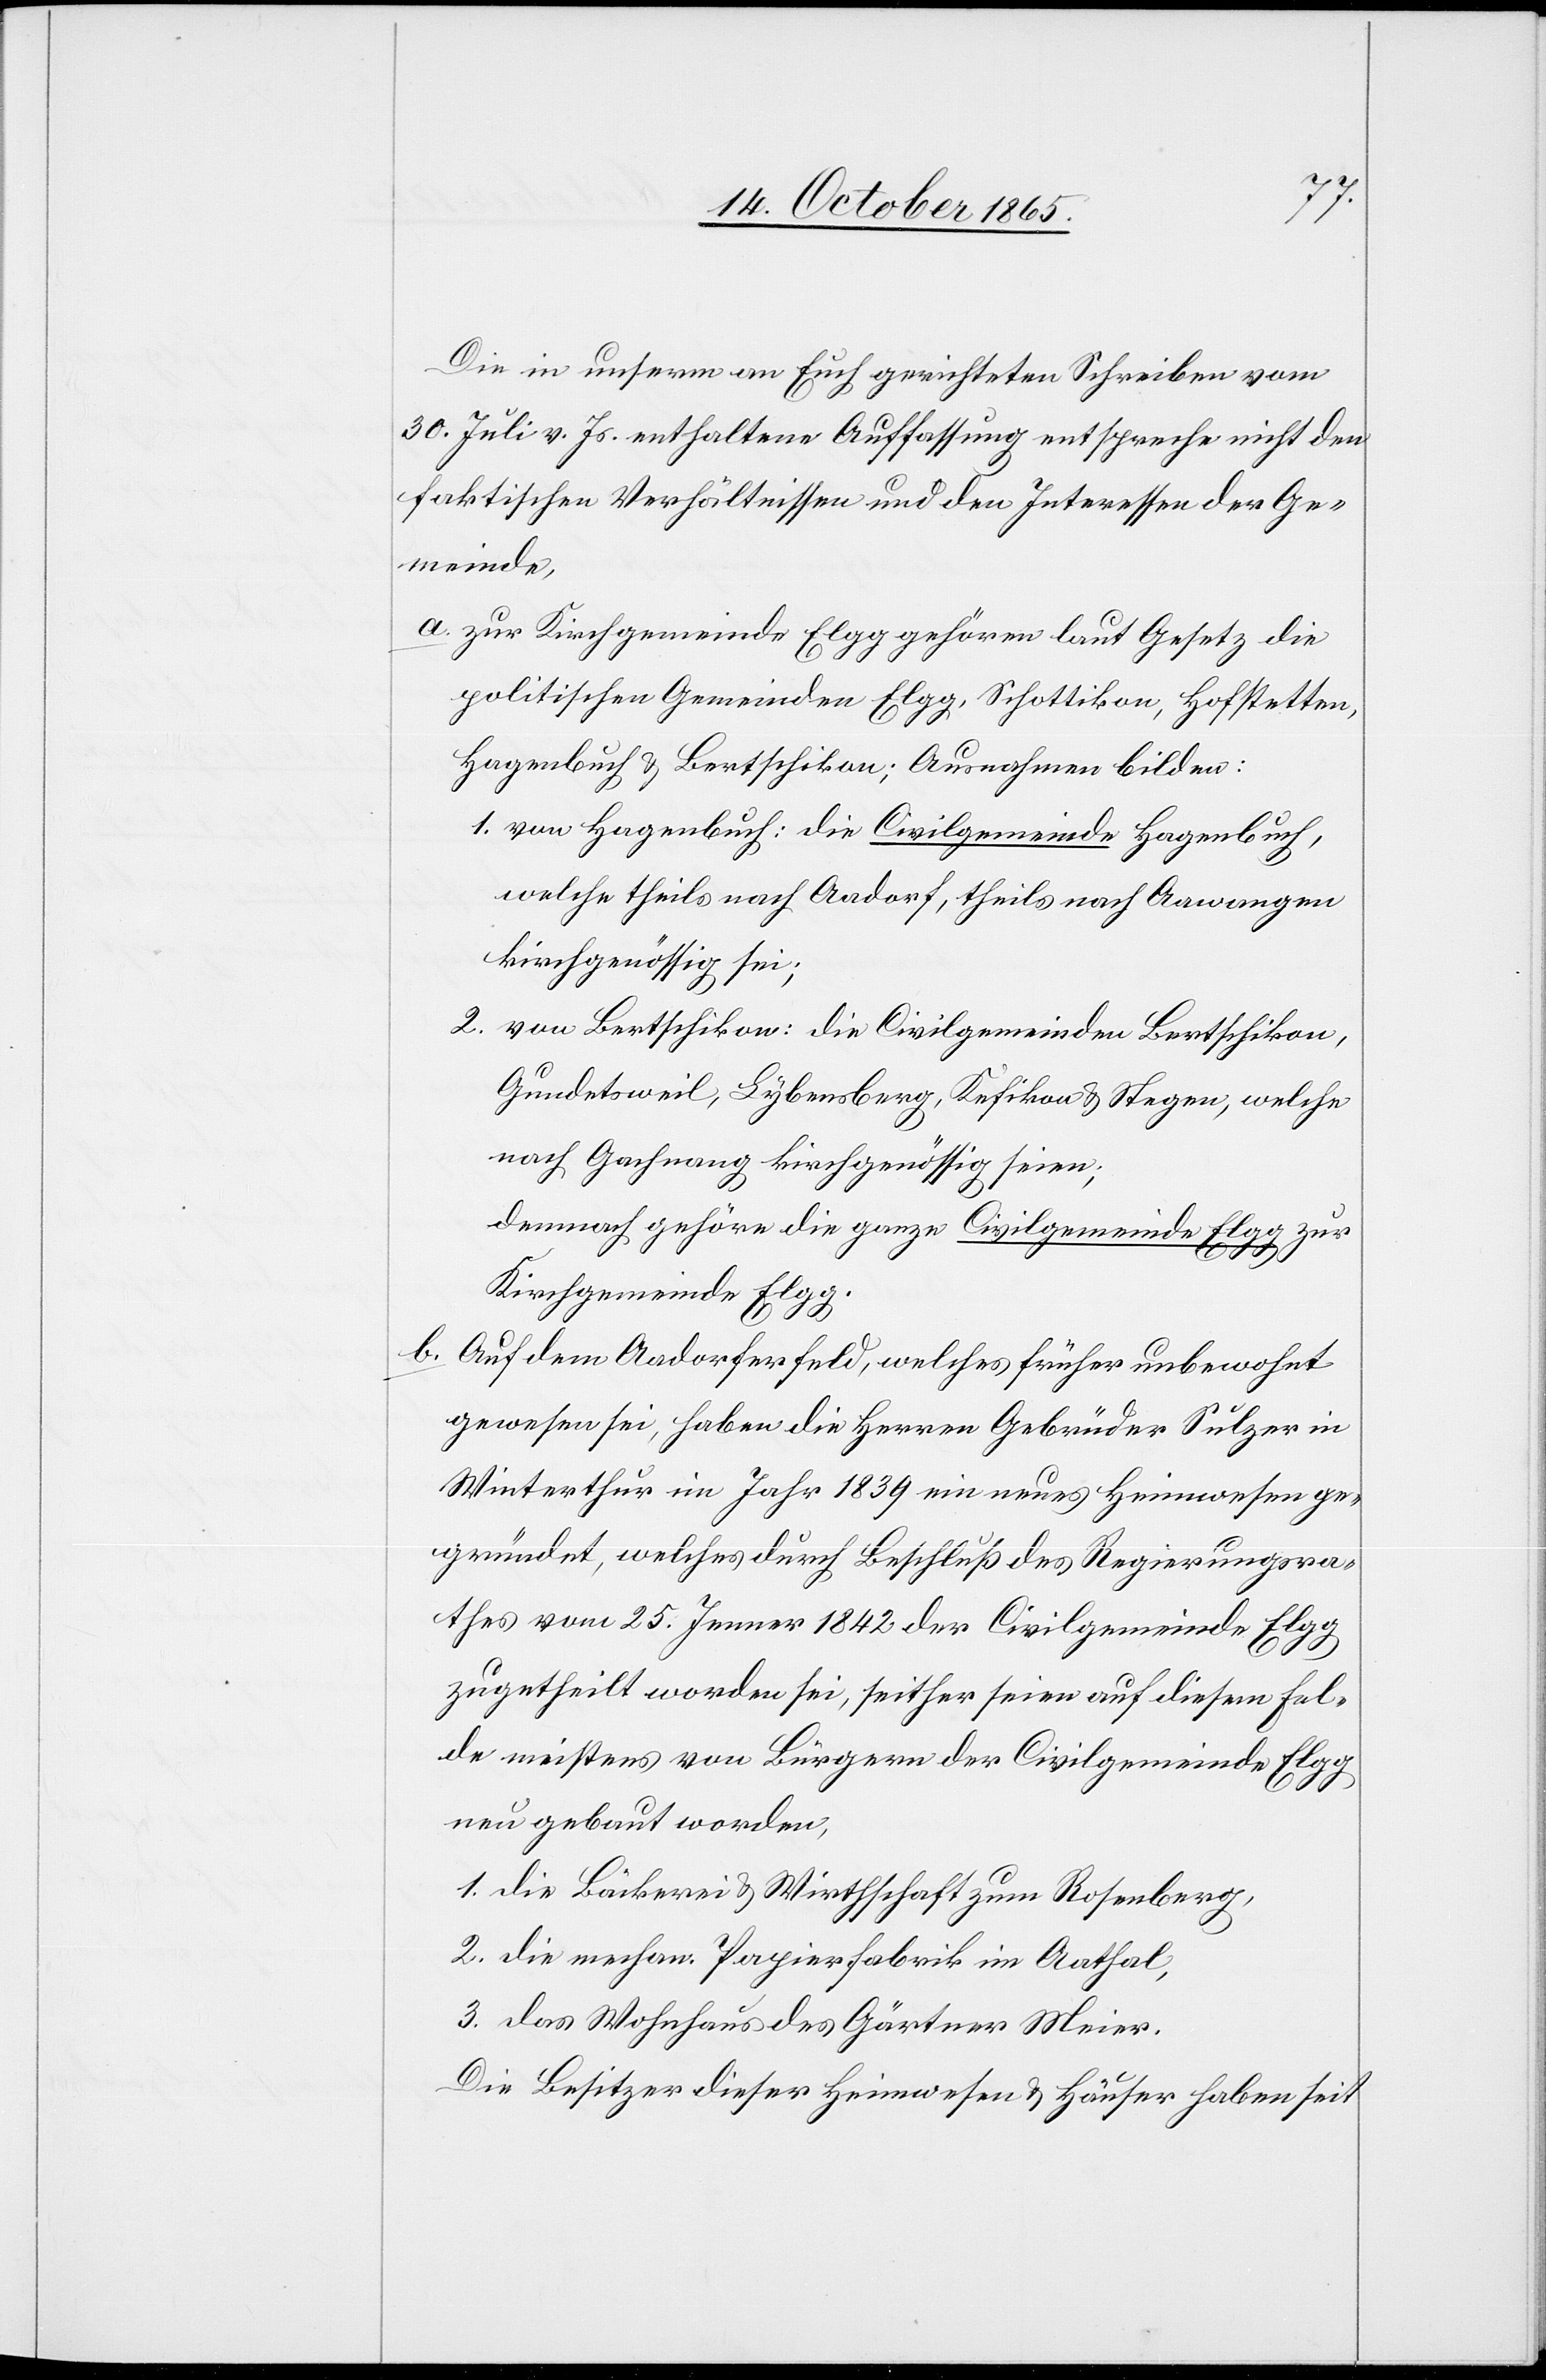
Die in unserm an Euch gerichteten Schreiben vom
30. Juli v. Js. enthaltene Auffassung entspreche nicht den
faktischen Verhältnissen und den Interessen der Ge¬
meinde,
a. zur Kirchgemeinde Elgg gehören laut Gesetz die
politischen Gemeinden Elgg, Schottikon, Hofstetten,
Hagenbuch & Bertschikon; Ausnahmen bilden:
1. von Hagenbuch: die Civilgemeinde Hagenbuch,
welche theils nach Aadorf, theils nach Aawangen
kirchgenössig sei;
2. von Bertschikon: die Civilgemeinden Bertschikon,
Gundetsweil, Lybensberg, Kefikon & Stegen, welche
nach Gachnang kirchgenössig seien;
demnach gehöre die ganze Civilgemeinde Elgg zur
Kirchgemeinde Elgg.
b. Auf dem Aadorferfeld, welches früher unbewohnt
gewesen sei, haben die Herren Gebrüder Sulzer in
Winterthur im Jahr 1839 ein neues Heimwesen ge¬
gründet, welches durch Beschluß des Regierungsra¬
thes vom 25. Jenner 1842 der Civilgemeinde Elgg
zugetheilt worden sei, seither seien auf diesem Fel¬
de meistens von Bürgern der Civilgemeinde Elgg
neu gebaut worden;
1. die Bäckerei & Wirthschaft zum Rosenberg,
2. die mechan. Papierfabrik im Aathal,
3. das Wohnhaus des Gärtner Meier.
Die Besitzer dieser Heimwesen & Häuser haben seit